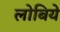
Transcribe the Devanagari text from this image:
लोबिये